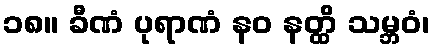
၁၈။ ခီဏံ ပုရာဏံ နဝ နတ္ထိ သမ္ဘဝံ၊